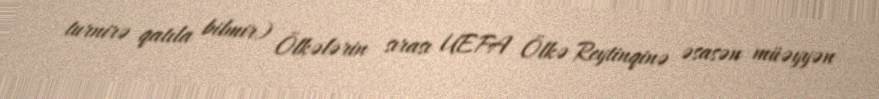
turnirə qatıla bilmir) Ölkələrin sırası UEFA Ölkə Reytinqinə əsasən müəyyən